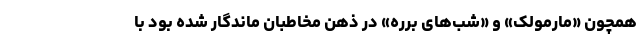
همچون «مارمولک» و «شب‌های برره» در ذهن مخاطبان ماندگار شده بود با